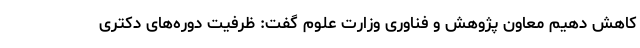
کاهش دهیم معاون پژوهش و فناوری وزارت علوم گفت: ظرفیت دوره‌های دکتری